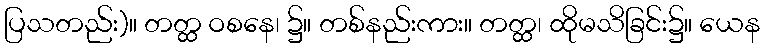
ပြသတည်း)။ တတ္ထ ဝစနေ၊ ၌။ တစ်နည်းကား။ တတ္ထ၊ ထိုမသိခြင်း၌။ ယေန